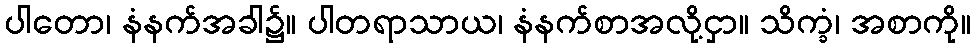
ပါတော၊ နံနက်အခါ၌။ ပါတရာသာယ၊ နံနက်စာအလို့ငှာ။ သိက္ခံ၊ အစာကို။